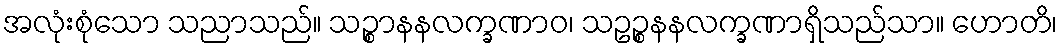
အလုံးစုံသော သညာသည်။ သဉ္စာနနလက္ခဏာဝ၊ သဥဉ္စနနလက္ခဏာရှိသည်သာ။ ဟောတိ၊